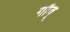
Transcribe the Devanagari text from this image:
गाँव्